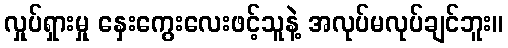
လှုပ်ရှားမှု နှေးကွေးလေးဖင့်သူနဲ့ အလုပ်မလုပ်ချင်ဘူး။